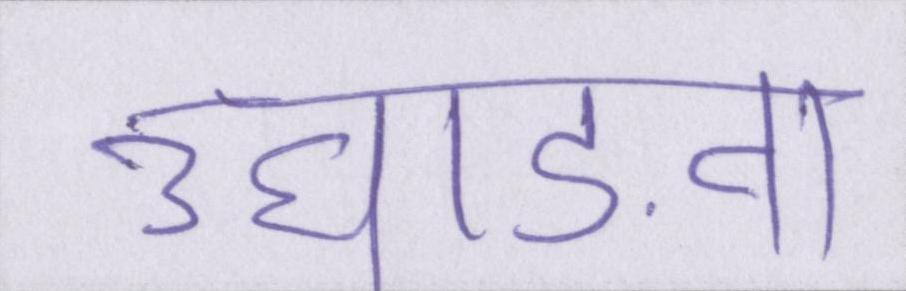
उघाड़ना